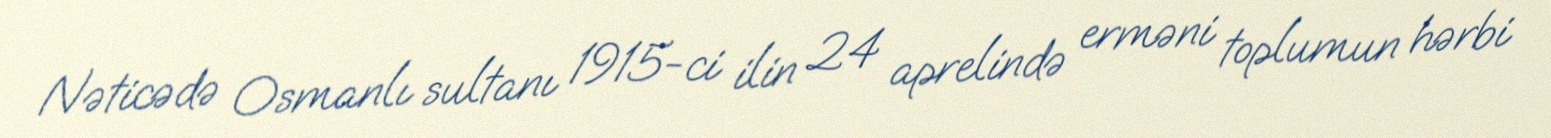
Nəticədə Osmanlı sultanı 1915-ci ilin 24 aprelində erməni toplumun hərbi